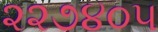
૨૨૭૪૦૫